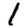
Digit: 1